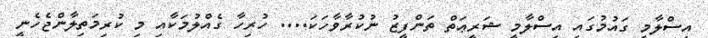
އިސްލާމީ ގައުމުގައި އިސްލާމީ ޝަރީޢަތް ތަންފީޒު ނުކުރާވާހަކަ.... ހުރިހާ ގެއްލުމަކާއި މި ކުރިމަތިލާންޖެހެނީ